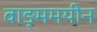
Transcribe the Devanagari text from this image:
वाङ्ममयीन